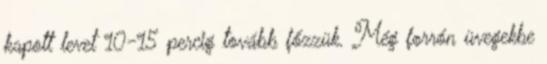
kapott levet 10-15 percig tovább főzzük. Még forrón üvegekbe